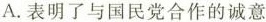
A. 表明了与国民党合作的诚意